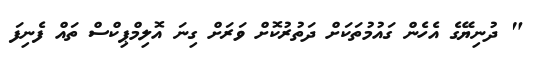
" ދުނިޔޭގެ އެހެން ގައުމުތަކަށް ދަތުރުކޮށް ވަރަށް ގިނަ އޮލިމްޕިކްސް ތައް ފެނިފަ